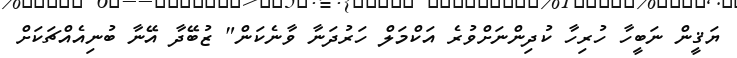
ޔަޤީން ނަބީހާ ހުރިހާ ކުދިންނަށްވުރެ އަކްމަލް ހަރުދަނާ ވާނެކަން" ޒުބޭދާ އޭނާ ބުނިއެއްޗަކަށް